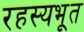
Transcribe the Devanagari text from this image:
रहस्यभूत